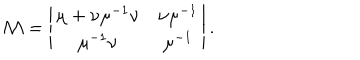
{ \cal M } = \left| \begin{matrix} { { \mu + \nu \mu ^ { - 1 } \nu } } & { { \nu \mu ^ { - 1 } } } \\ { { \mu ^ { - 1 } \nu } } & { { \mu ^ { - 1 } } } \\ \end{matrix} \right| .